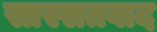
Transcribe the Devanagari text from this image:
सास्सतवाद